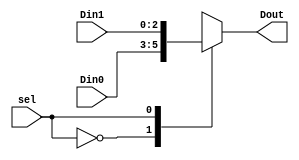
//`define BEYOND_TECH_SPEC
`define XILINX_LUTRAM_TECH

`ifdef BEYOND_TECH_SPEC
module mem_out_switch #(
	parameter SHARED_BANK_NUM = 4, // the number of requestors in one sharing group 
	parameter BITWIDTH = 3
) (
	output reg [BITWIDTH-1:0] Dout,

	input wire [BITWIDTH-1:0] Din0,
	input wire [BITWIDTH-1:0] Din1,
	input wire [BITWIDTH-1:0] Din2,
	input wire [BITWIDTH-1:0] Din3,
	input wire [$clog2(SHARED_BANK_NUM)-1:0] sel
);

always @(*) begin
	case(sel)
		0: Dout[BITWIDTH-1:0] = Din0[BITWIDTH-1:0];
		1: Dout[BITWIDTH-1:0] = Din1[BITWIDTH-1:0];
		2: Dout[BITWIDTH-1:0] = Din2[BITWIDTH-1:0];
		3: Dout[BITWIDTH-1:0] = Din3[BITWIDTH-1:0];
		default: Dout[BITWIDTH-1:0] = Din0[BITWIDTH-1:0];
	endcase
end
endmodule
`elsif XILINX_LUTRAM_TECH
module mem_out_switch #(
	parameter SHARED_BANK_NUM = 2, // the number of requestors in one sharing group 
	parameter BITWIDTH = 3
) (
	output reg [BITWIDTH-1:0] Dout,

	input wire [BITWIDTH-1:0] Din0,
	input wire [BITWIDTH-1:0] Din1,
	input wire [$clog2(SHARED_BANK_NUM)-1:0] sel
);

always @(*) begin
	case(sel)
		0: Dout[BITWIDTH-1:0] = Din0[BITWIDTH-1:0];
		1: Dout[BITWIDTH-1:0] = Din1[BITWIDTH-1:0];
		default: Dout[BITWIDTH-1:0] = Din0[BITWIDTH-1:0];
	endcase
end
endmodule

module mem_out_switch_group4 #(
	parameter SHARED_BANK_NUM = 4, // the number of requestors in one sharing group 
	parameter BITWIDTH = 3
) (
	output reg [BITWIDTH-1:0] Dout,

	input wire [BITWIDTH-1:0] Din0,
	input wire [BITWIDTH-1:0] Din1,
	input wire [BITWIDTH-1:0] Din2,
	input wire [BITWIDTH-1:0] Din3,
	input wire [$clog2(SHARED_BANK_NUM)-1:0] sel
);

always @(*) begin
	case(sel)
		0: Dout[BITWIDTH-1:0] = Din0[BITWIDTH-1:0];
		1: Dout[BITWIDTH-1:0] = Din1[BITWIDTH-1:0];
		2: Dout[BITWIDTH-1:0] = Din2[BITWIDTH-1:0];
		3: Dout[BITWIDTH-1:0] = Din3[BITWIDTH-1:0];
		default: Dout[BITWIDTH-1:0] = Din0[BITWIDTH-1:0];
	endcase
end
endmodule
`else
module mem_out_switch #(
	parameter SHARED_BANK_NUM = 4, // the number of requestors in one sharing group 
	parameter BITWIDTH = 3
) (
	output reg [BITWIDTH-1:0] Dout,

	input wire [BITWIDTH-1:0] Din0,
	input wire [BITWIDTH-1:0] Din1,
	input wire [BITWIDTH-1:0] Din2,
	input wire [BITWIDTH-1:0] Din3,
	input wire [$clog2(SHARED_BANK_NUM)-1:0] sel
);

always @(*) begin
	case(sel)
		0: Dout[BITWIDTH-1:0] = Din0[BITWIDTH-1:0];
		1: Dout[BITWIDTH-1:0] = Din1[BITWIDTH-1:0];
		2: Dout[BITWIDTH-1:0] = Din2[BITWIDTH-1:0];
		3: Dout[BITWIDTH-1:0] = Din3[BITWIDTH-1:0];
		default: Dout[BITWIDTH-1:0] = Din0[BITWIDTH-1:0];
	endcase
end
endmodule
`endif